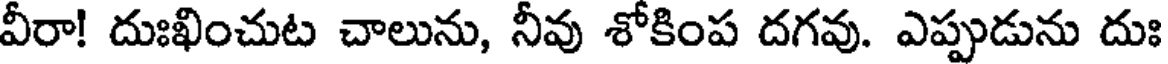
వీరా! దుఃఖించుట చాలును, నీవు శోకింప దగవు. ఎప్పుడును దుః